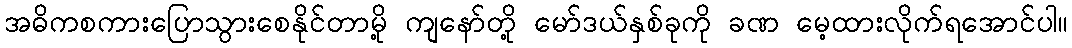
အဓိကစကားပြောသွားစေနိုင်တာမို့ ကျနော်တို့ မော်ဒယ်နှစ်ခုကို ခဏ မေ့ထားလိုက်ရအောင်ပါ။